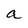
Character: a